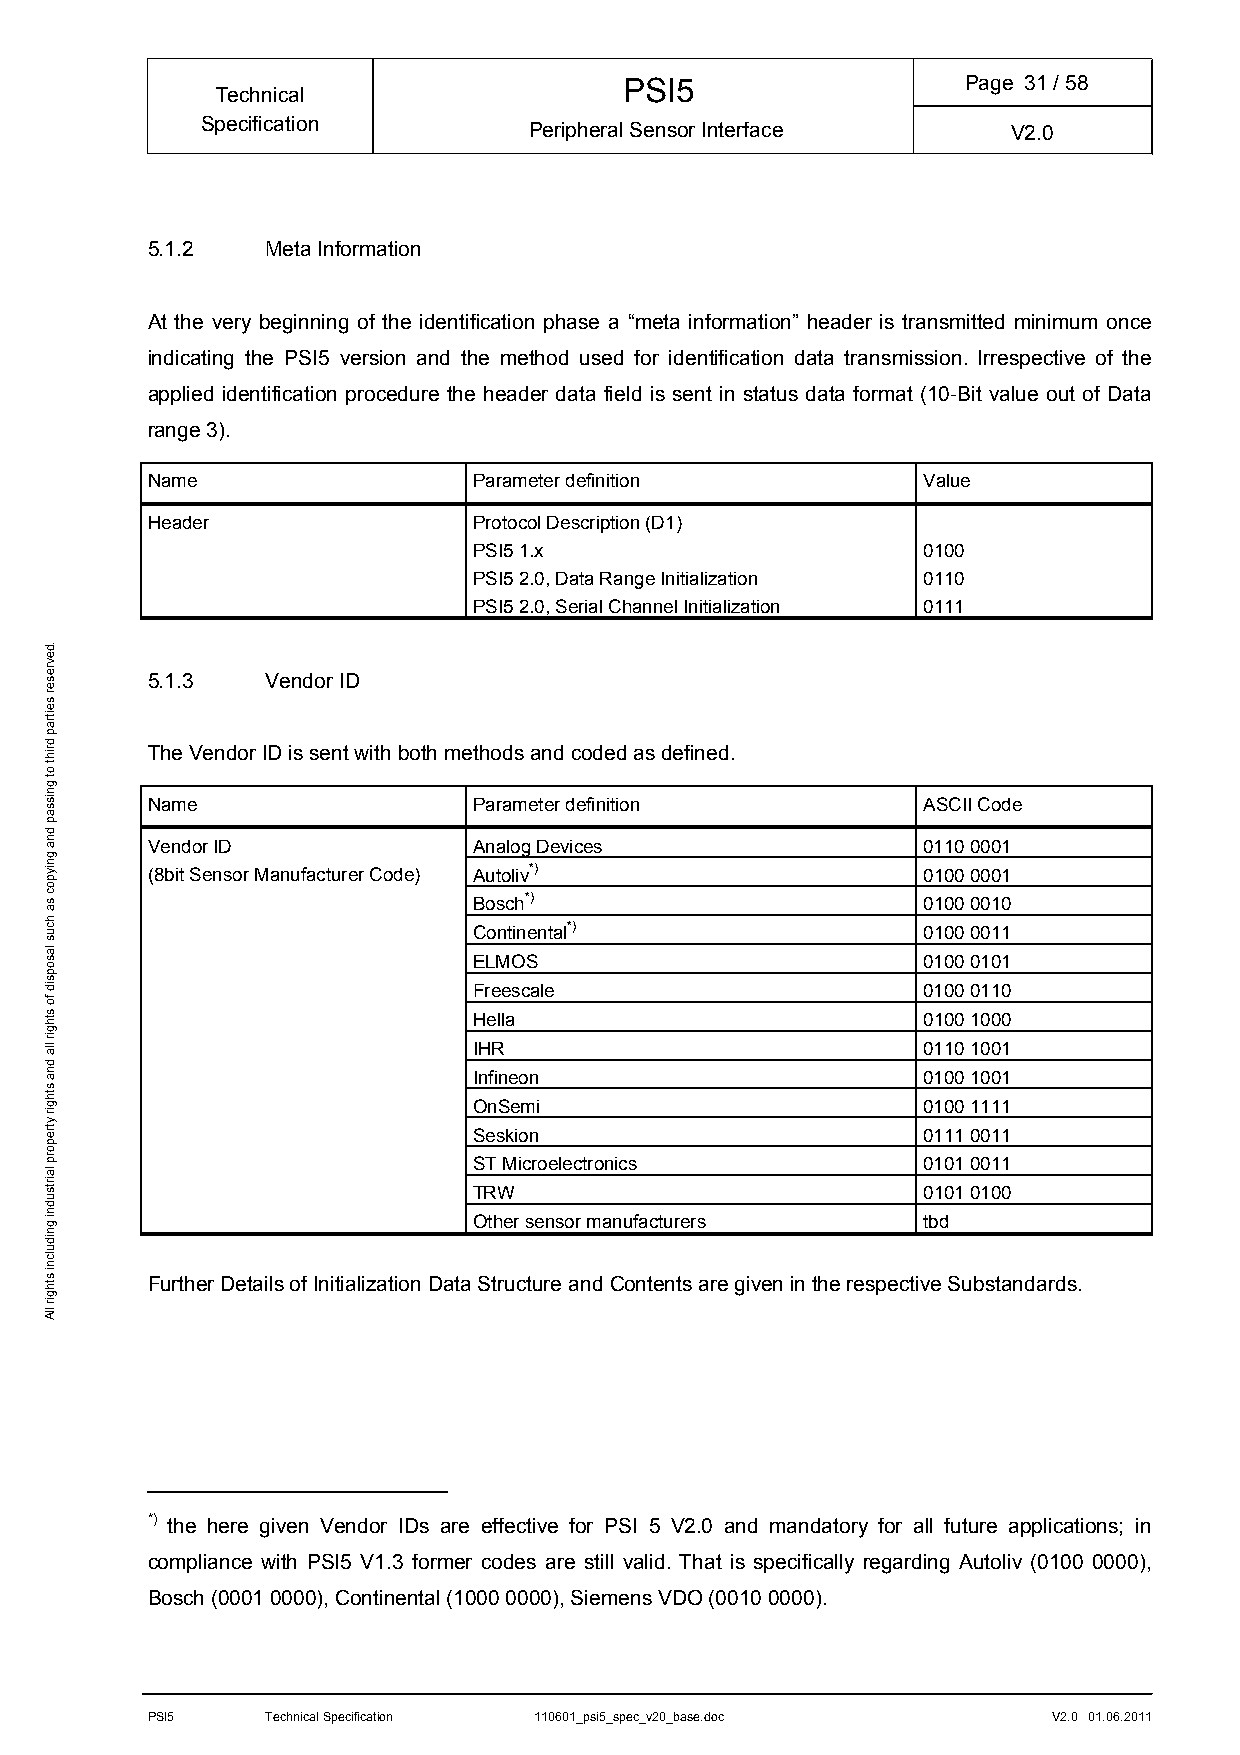
PSI5                   Page 31/ 58
 Technical
 Specification         Peripheral Sensor Interface     V2.0
 5.1.2   Meta Information
 At the very beginning of the identification phase a “meta information” header is transmitted minimum once
 indicating the PSI5 version and the method used for identification data transmission. Irrespective of the
 applied identification procedure the header data field is sent in status data format (10-Bit value out of Data
 range 3).
 Name                 Parameter definition          Value
 Header               Protocol Description (D1)
 PSI5 1.x                      0100
 PSI5 2.0, Data Range Initialization 0110
 PSI5 2.0, Serial Channel Initialization 0111
 5.1.3   Vendor ID
 The Vendor ID is sent with both methods and coded as defined.
 Name                 Parameter definition          ASCII Code
 Vendor ID            Analog Devices                0110 0001
 (8bit Sensor Manufacturer Code) Autoliv*)          0100 0001
 Bosch*)                       0100 0010
 Continental*)                 0100 0011
 ELMOS                         0100 0101
 Freescale                     0100 0110
 Hella                         0100 1000
 IHR                           0110 1001
 Infineon                      0100 1001
 OnSemi                        0100 1111
 Seskion                       0111 0011
 ST Microelectronics           0101 0011
 TRW                           0101 0100
 Other sensor manufacturers    tbd
 Further Details of Initialization Data Structure and Contents are given in the respective Substandards.
 *) the here given Vendor IDs are effective for PSI 5 V2.0 and mandatory for all future applications; in
 compliance with PSI5 V1.3 former codes are still valid. That is specifically regarding Autoliv (0100 0000),
 Bosch (0001 0000), Continental (1000 0000), Siemens VDO (0010 0000).
 PSI5    Technical Specification 110601_psi5_spec_v20_base.doc V2.0 01.06.2011
 .devreser
 seitrap
 driht
 ot
 gnissap
 dna
 gniypoc
 sa
 hcus
 lasopsid
 fo
 sthgir
 lla
 dna
 sthgir
 ytreporp
 lairtsudni
 gnidulcni
 sthgir
 llA